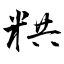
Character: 粠